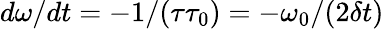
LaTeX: d\omega/dt=-1/{\left(\tau\tau_{0}\right)}=-\omega_{0}/{\left(2\delta t\right)}